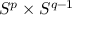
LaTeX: S ^ { p } \times S ^ { q - 1 }